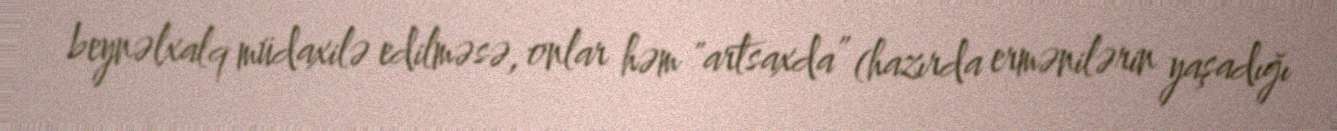
beynəlxalq müdaxilə edilməsə, onlar həm "artsaxda” (hazırda ermənilərin yaşadığı